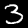
Digit: 3